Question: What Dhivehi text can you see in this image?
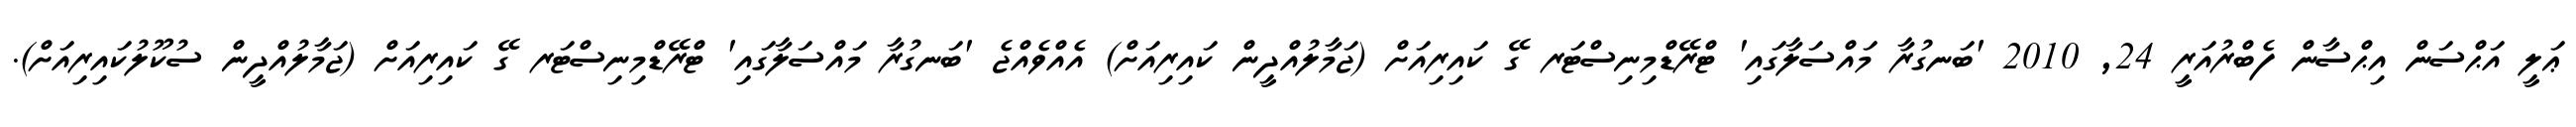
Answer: ޢަލީ އަޙްސަން އިޙްސާން ފެބްރުއަރީ 24, 2010 'ބަނގުރާ މައްސަލާގައި' ޓްރޭޑްމިނިސްޓަރ ގޭ ކައިރިއަށް (ޖަމާލުއްދީން ކައިރިއަށް) އެއްވެއްޖެ 'ބަނގުރާ މައްސަލާގައި' ޓްރޭޑްމިނިސްޓަރ ގޭ ކައިރިއަށް (ޖަމާލުއްދީން ސުކޫލުކައިރިއަށް).